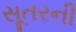
સૂતરની